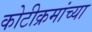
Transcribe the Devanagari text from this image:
कोटीक्रमांच्या